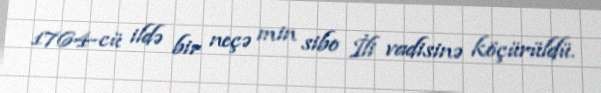
1764-cü ildə bir neçə min sibo İli vadisinə köçürüldü.